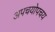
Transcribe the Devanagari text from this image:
अपचयोपचय